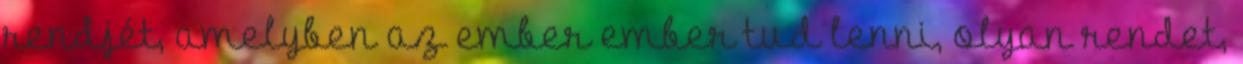
rendjét, amelyben az ember ember tud lenni, olyan rendet,